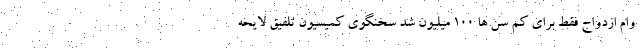
وام ازدواج فقط برای کم سن ها ۱۰۰ میلیون شد سخنگوی کمیسیون تلفیق لایحه